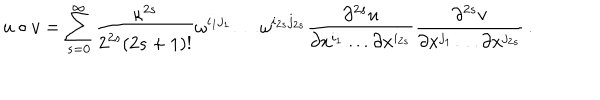
u \circ v = \sum _ { s = 0 } ^ { \infty } { \frac { \kappa ^ { 2 s } } { 2 ^ { 2 s } ( 2 s + 1 ) ! } } \omega ^ { i _ { 1 } j _ { 1 } } \ldots \omega ^ { i _ { 2 s } j _ { 2 s } } { \frac { \partial ^ { 2 s } u } { \partial x ^ { i _ { 1 } } \ldots \partial x ^ { i _ { 2 s } } } } { \frac { \partial ^ { 2 s } v } { \partial x ^ { j _ { 1 } } \ldots \partial x ^ { j _ { 2 s } } } } \, .